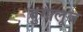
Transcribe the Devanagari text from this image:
बुगालूज